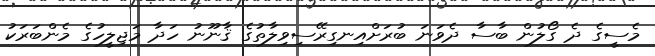
މެސީގެ ދެ ގޯލުން ބާސާ ދެވަނަ ބުރަށްއިނގިރޭސިވިލާތުގެ ޤާނޫނު ހަދާ މަޖިލީހުގެ މެންބަރަކު